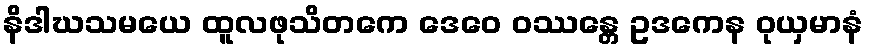
နိဒါဃသမယေ ထူလဖုသိတကေ ဒေဝေ ဝဿန္တေ ဥဒကေန ဝုယှမာနံ